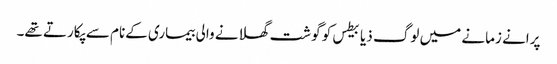
پرانے زمانے میں لوگ ذیابیطس کو گوشت گھلانے والی بیماری کےنام سے پکارتے تھے۔